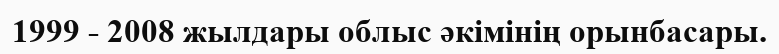
1999 - 2008 жылдары облыс әкімінің орынбасары.